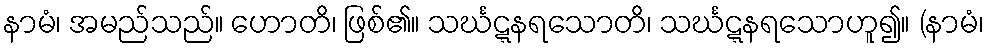
နာမံ၊ အမည်သည်။ ဟောတိ၊ ဖြစ်၏။ သင်္ဃဋ္ဋနရသောတိ၊ သင်္ဃဋ္ဋနရသောဟူ၍။ (နာမံ၊